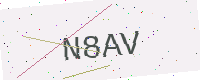
Text: N8AV